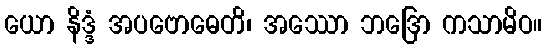
ယော နိဒ္ဒံ အပဗောဓေတိ၊ အဿော ဘဒြော ကသာမိဝ။